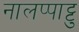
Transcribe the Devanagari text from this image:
नालप्पाट्टु